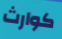
كوارث